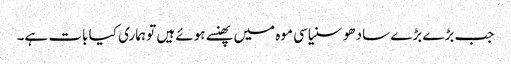
جب بڑے بڑے سادھو سنیاسی موہ میں پھنسے ہوئے ہیں تو ہماری کیا بات ہے۔